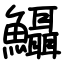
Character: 𩽪